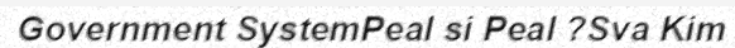
Government SystemPeal si Peal ?Sva Kim